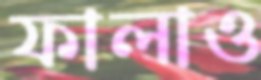
ফালাও